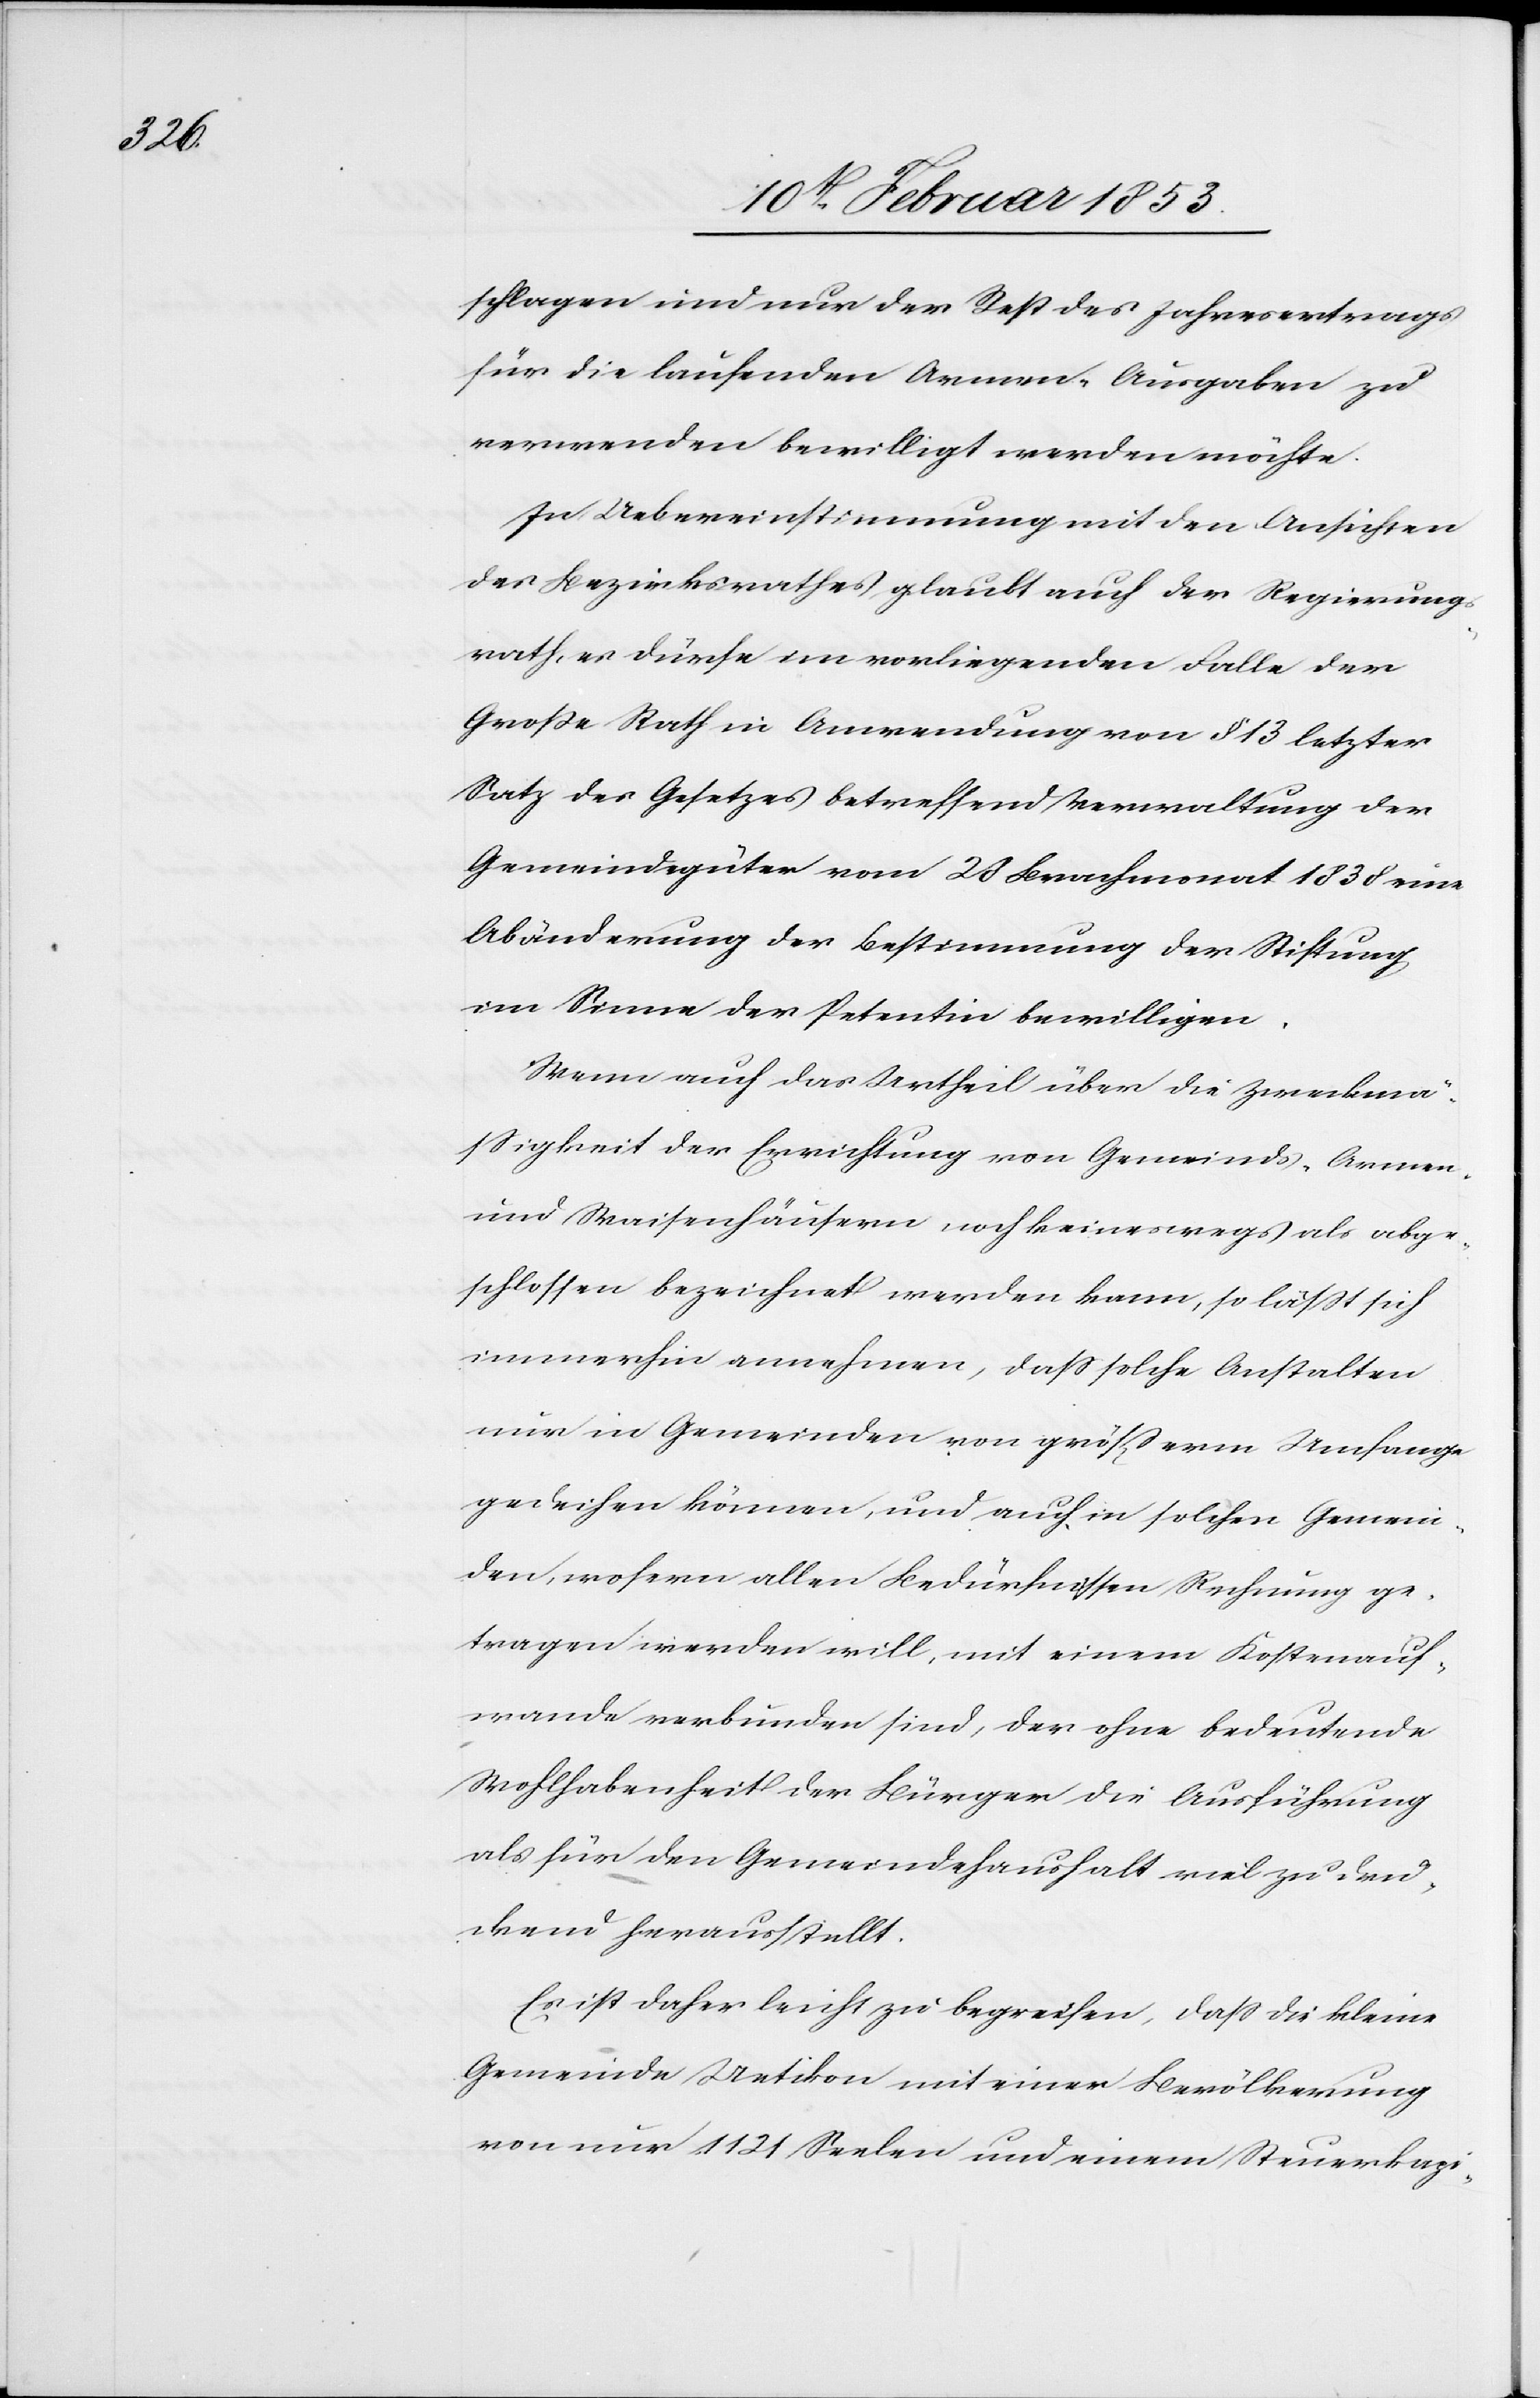
schlagen und nur der Rest des Jahresvertrags
für die laufenden Armen-Ausgaben zu
verwenden bewilligt werden möchte.
In Uebereinstimmung mit den Ansichten
des Bezirksrathes glaubt auch der Regierungs¬
rath, es dürfe im vorliegenden Falle der
Große Rath in Anwendung von § 13 letzter
Satz des Gesetzes betreffend Verwaltung der
Gemeindgüter vom 20 Brachmonat 1838 eine
Abänderung des Bestimmung der Stiftung
im Sinne der Petentin bewilligen.
Wenn auch das Urtheil über die Zuverlä¬
ßigkeit der Errichtung von Gemeinds- Armen-
und Waisenhäusern noch keineswegs als abge¬
schlossen bezeichnet werden kann, so läßt sich
immerhin annehmen, daß solche Anstalten
nur in Gemeinden von größerm Umfange
gedeihen können, und auch in solchen Gemein¬
den, wofern allen Bedürfnissen Rechnung ge¬
tragen werden will, mit einem Kostauf¬
wande verbunden sind, der ohne bedeutende
Wohlhabenheit der Bürger die Ausführung
als für den Gemeindehaushalt viel zu drü¬
ckend herausstellt.
Es ist daher leicht zu begreifen, daß die kleine
Gemeinde Uetikon mit einer Bevölkerung
von nur 1121 Seelen und einem Steuerkapi-